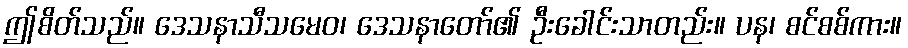
ဤစိတ်သည်။ ဒေသနာသီသမေဝ၊ ဒေသနာတော်၏ ဦးခေါင်းသာတည်း။ ပန၊ စင်စစ်ကား။